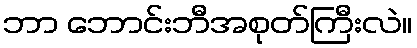
ဘာ ဘောင်းဘီအစုတ်ကြီးလဲ။